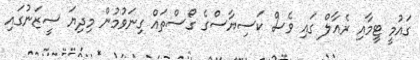
ގައުމީ ޓީމާއި ރެއާލް ގައި ވެސް ކަސިޔާސްގެ ގޯސްތައް ގިނަވުމުން މިދިޔަ ސީޒަނުގައި